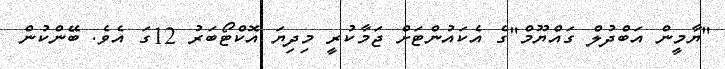
"ޔާމީން އަބްދުލް ގައްޔޫމް"ގެ އެކައުންޓަށް ޖަމާކުރީ މިދިޔަ އޮކްޓޯބަރު 12ގަ އެވެ. ބޭންކުން